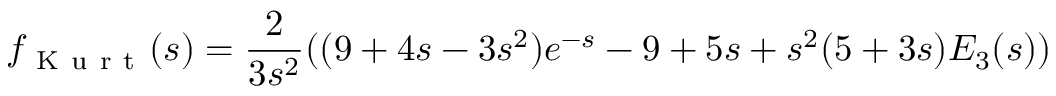
f _ { \mathrm { ~ K ~ u ~ r ~ t ~ } } ( s ) = \frac { 2 } { 3 s ^ { 2 } } ( ( 9 + 4 s - 3 s ^ { 2 } ) e ^ { - s } - 9 + 5 s + s ^ { 2 } ( 5 + 3 s ) { \cal E } _ { 3 } ( s ) )